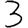
Digit: 3